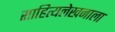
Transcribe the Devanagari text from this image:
साहित्यलेखनाला